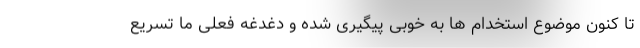
تا کنون موضوع استخدام ها به خوبی پیگیری شده و دغدغه فعلی ما تسریع